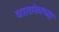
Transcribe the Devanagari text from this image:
घातांकाच्या